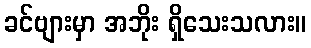
ခင်ဗျားမှာ အဘိုး ရှိသေးသလား။